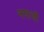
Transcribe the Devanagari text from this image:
नगाजी